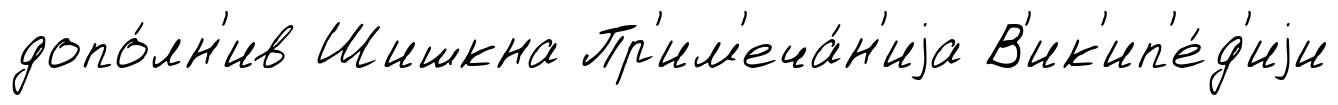
допо́лн'ив Шишкна Пр'им'еча́н'иjа В'ик'ип'е́д'иjи